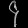
Digit: ၄